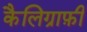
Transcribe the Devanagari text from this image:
कैलिग्राफ़ी